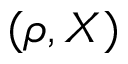
( \rho , X )